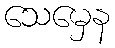
သေမှေန